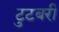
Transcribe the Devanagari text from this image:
टुटबरी